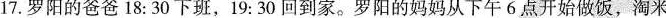
17.罗阳的爸爸18:30下班，19:30回到家。罗阳的妈妈从下午6点开始做饭，淘米